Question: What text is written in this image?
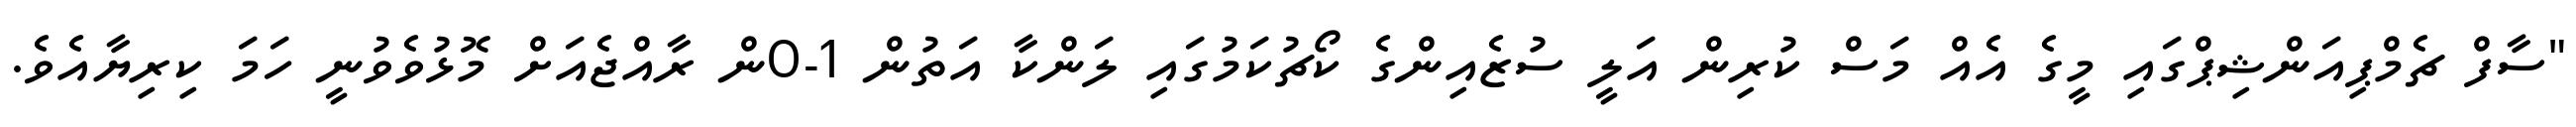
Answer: "ސާފް ޗެމްޕިއަންޝިޕްގައި މީގެ އެއް މަސް ކުރިން އަލީ ސުޒެއިންގެ ކޯޗުކަމުގައި ލަންކާ އަތުން 1-0ން ރާއްޖެއަށް މޮޅުވެވުނީ ހަމަ ކިރިޔާއެވެ.